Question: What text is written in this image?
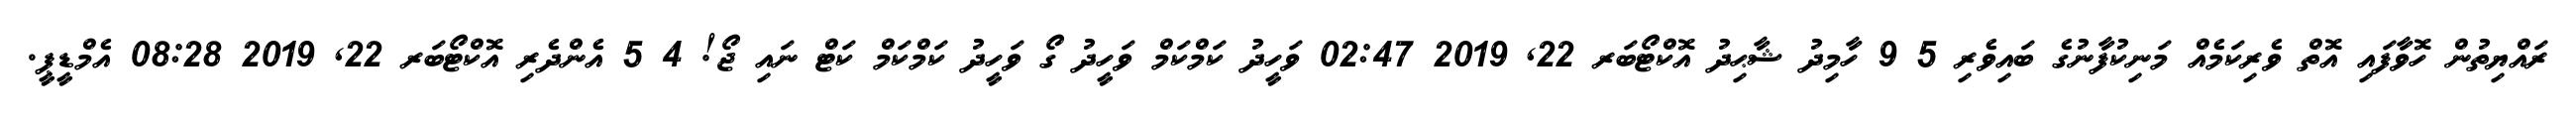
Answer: ރައްޔިތުން ހޮވާފައި އޮތް ވެރިކަމެއް މަނިކުފާނުގެ ބައިވެރި 5 9 ހާމިދު ޝާޙިދު އޮކްޓޯބަރ 22, 2019 02:47 ވަހީދު ކަމްކަމް ވަހީދު ގޯ ވަހީދު ކަމްކަމް ކަޓް ނައި ޖޯ! 4 5 އެންދެރި އޮކްޓޯބަރ 22, 2019 08:28 އެމްޑީޕީ.